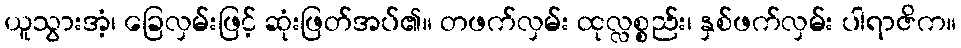
ယူသွားအံ့၊ ခြေလှမ်းဖြင့် ဆုံးဖြတ်အပ်၏။ တဖက်လှမ်း ထုလ္လစ္စည်း၊ နှစ်ဖက်လှမ်း ပါရာဇိက။